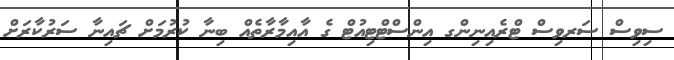
ސިވިސް ސަރވިސް ޓްރެއިނިންގ އިންސްޓްޓިއުޓް ގެ އާއިމާރާތެއް ބިނާ ކުރުމަށް ޗައިނާ ސަރުކާރަށް